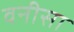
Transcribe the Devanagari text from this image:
वनीसा